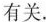
有关.